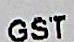
GST